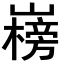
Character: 𡽲